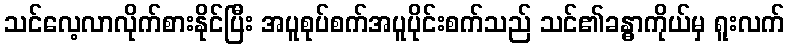
သင်လေ့လာလိုက်စားနိုင်ပြီး အပူစုပ်စက်အပူပိုင်းစက်သည် သင်၏ခန္ဓာကိုယ်မှ ရူးလက်